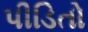
પીડિતો